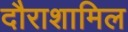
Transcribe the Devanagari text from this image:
दौराशामिल